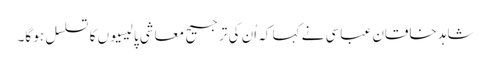
شاہد خاقان عباسی نے کہا کہ اُن کی ترجیح معاشی پالیسیوں کا تسلسل ہو گا۔